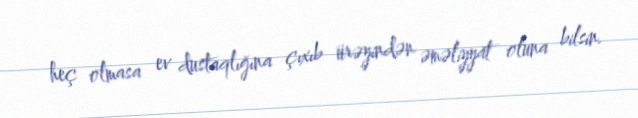
heç olmasa ev dustaqlığına çıxıb ürəyindən əməliyyat oluna bilsin.